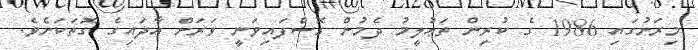
މިރަށުގައި 1986 ގެ ކުރިން ތަޢުލީމު ދެމުން ގޮސްފައިވަނީ ވަރަށް އާދައިގެ ގޮތަކަށެވެ.